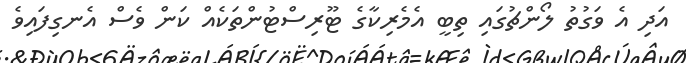
އަދި އެ ވަގުތު ލޯންޗުގައި ތިބީ އެމެރިކާގެ ޓޫރިސްޓުންތަކެއް ކަން ވެސް އެނގިފައިވެ